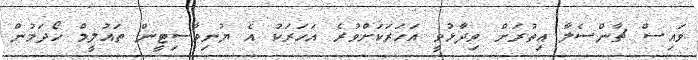
ވައިސް ޗާންސެލާ އިތުރަށް ވިދާޅުވީ އަހަރަކަށްވުރެ އަހަރަކު އެ ޔުނިވާސިޓީން ތައުލީމް ހޯދަމުން